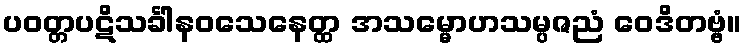
ပဝတ္တပဋိသင်္ခါနဝသေနေတ္ထ အသမ္မောဟသမ္ပဇညံ ဝေဒိတဗ္ဗံ။